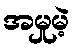
အမှုမဲ့